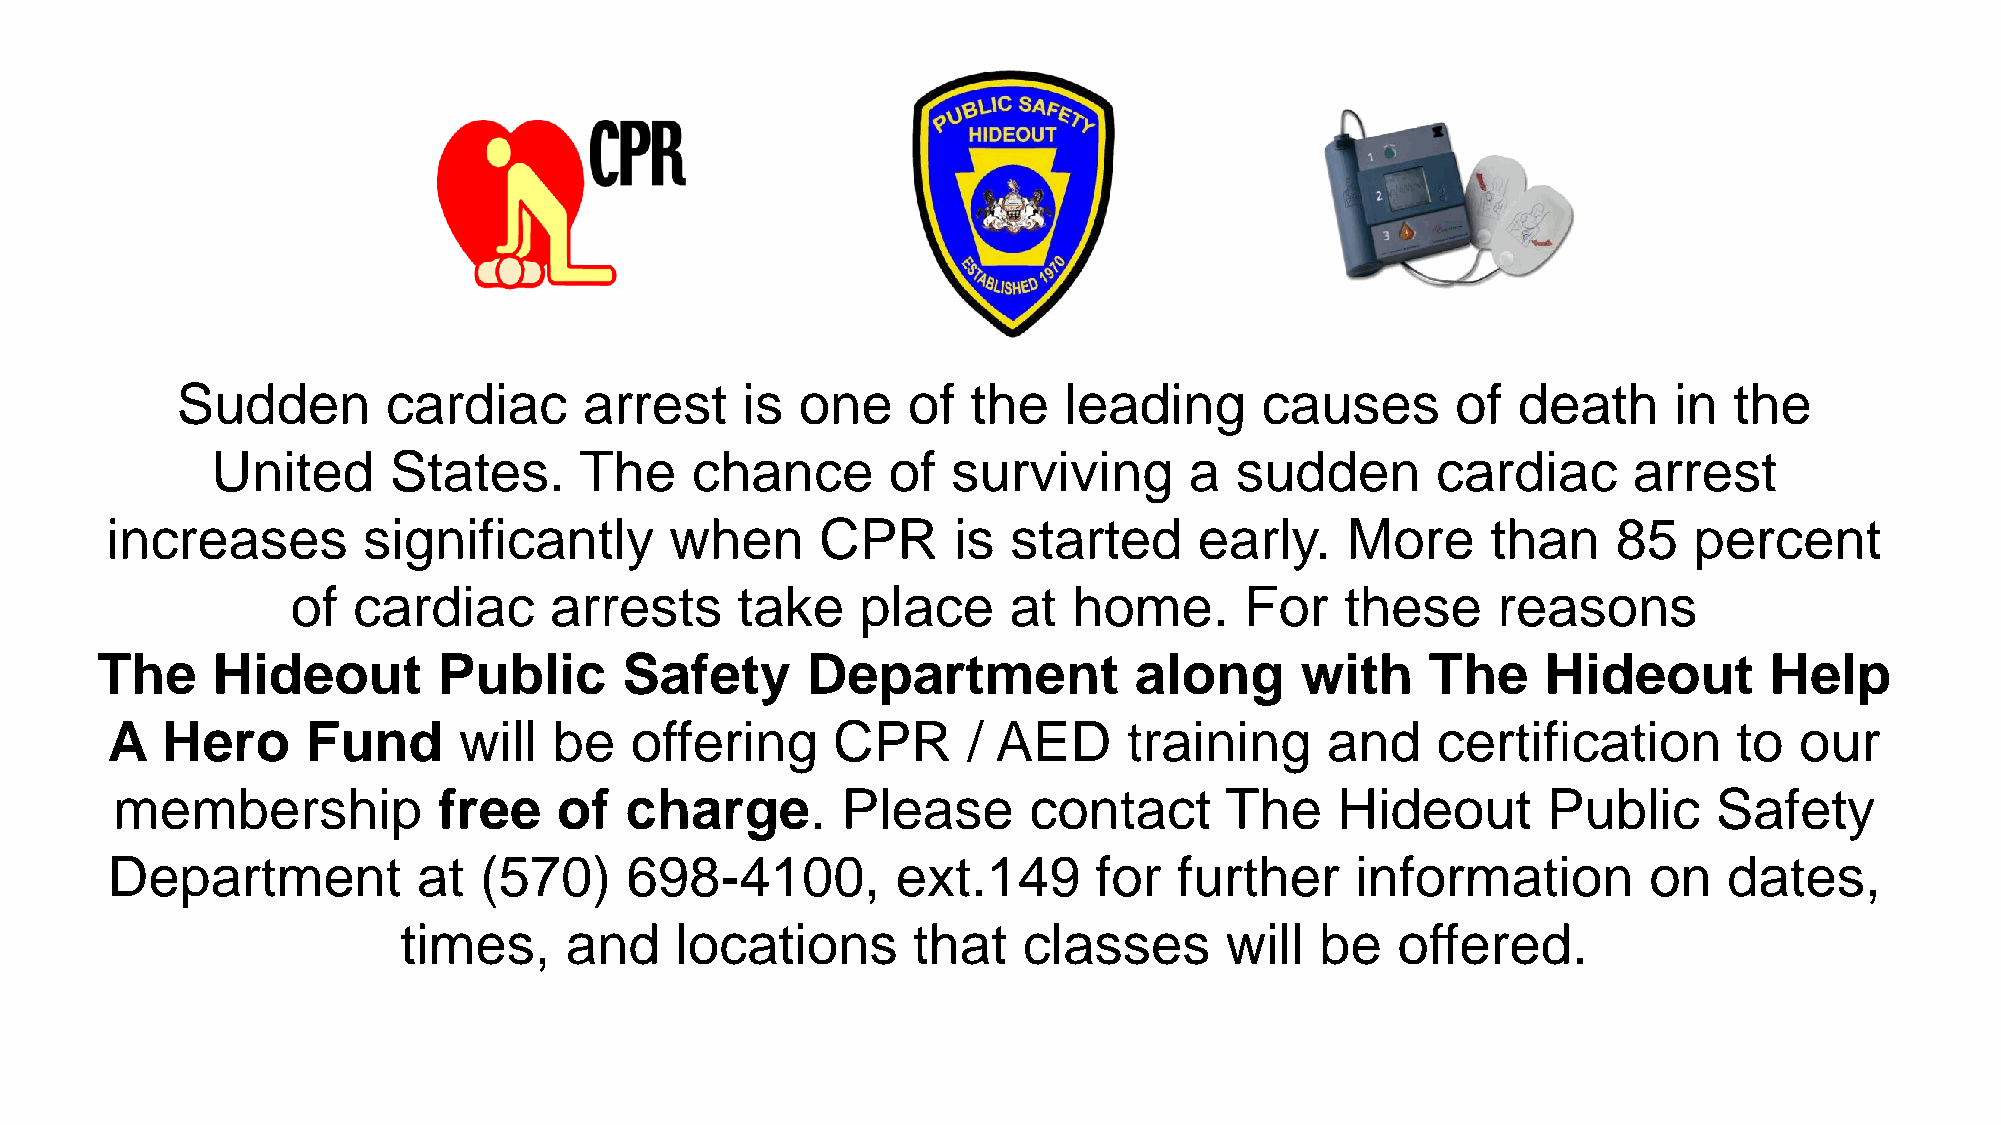
Sudden        cardiac      arrest    is  one    of  the   leading      causes       of  death      in  the
 United      States.     The     chance       of  surviving       a  sudden       cardiac      arrest
 increases        significantly       when      CPR      is  started     early.    More      than    85   percent
 of  cardiac      arrests      take    place     at  home.      For    these     reasons
 The     Hideout        Public      Safety      Department            along      with     The    Hideout        Help
 A   Hero     Fund      will   be   offering     CPR      / AED      training     and    certification       to  our
 membership            free    of  charge.        Please      contact      The    Hideout       Public      Safety
 Department           at  (570)    698-4100,         ext.149       for  further     information        on   dates,
 times,     and     locations      that    classes      will  be   offered.